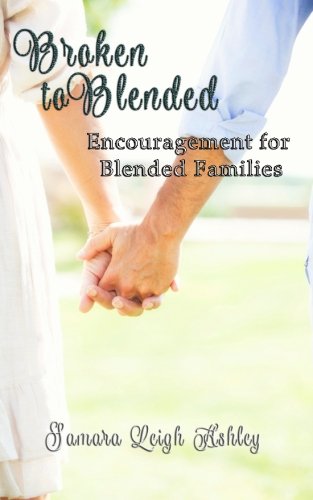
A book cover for Broken To Blended: Encouragement For Blended Families; Samara Leigh Ashley; Parenting & Relationships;